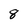
Character: 8